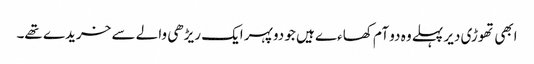
ابھی تھوڑی دیر پہلے وہ دو آم کھاءے ہیں جو دوپہر ایک ریڑھی والے سے خریدے تھے۔